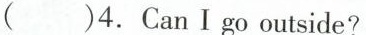
( )4.Can Igo outside?